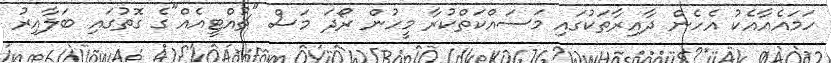
ހަމައެއާއެކު އެހެން ދާއިރާތަކުގައި މަސައްކަތްކުރާ މީހުން ރޯދަ މަސް "ޗުއްޓީއެއް"ގެ ގޮތުގައި ބަލާއިރު